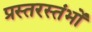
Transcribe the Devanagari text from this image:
प्रस्तरस्तंभों